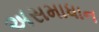
અસમાધાન